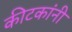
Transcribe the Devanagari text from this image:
कीटकांनी